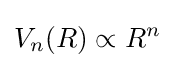
V_{n}(R)\propto R^{n}